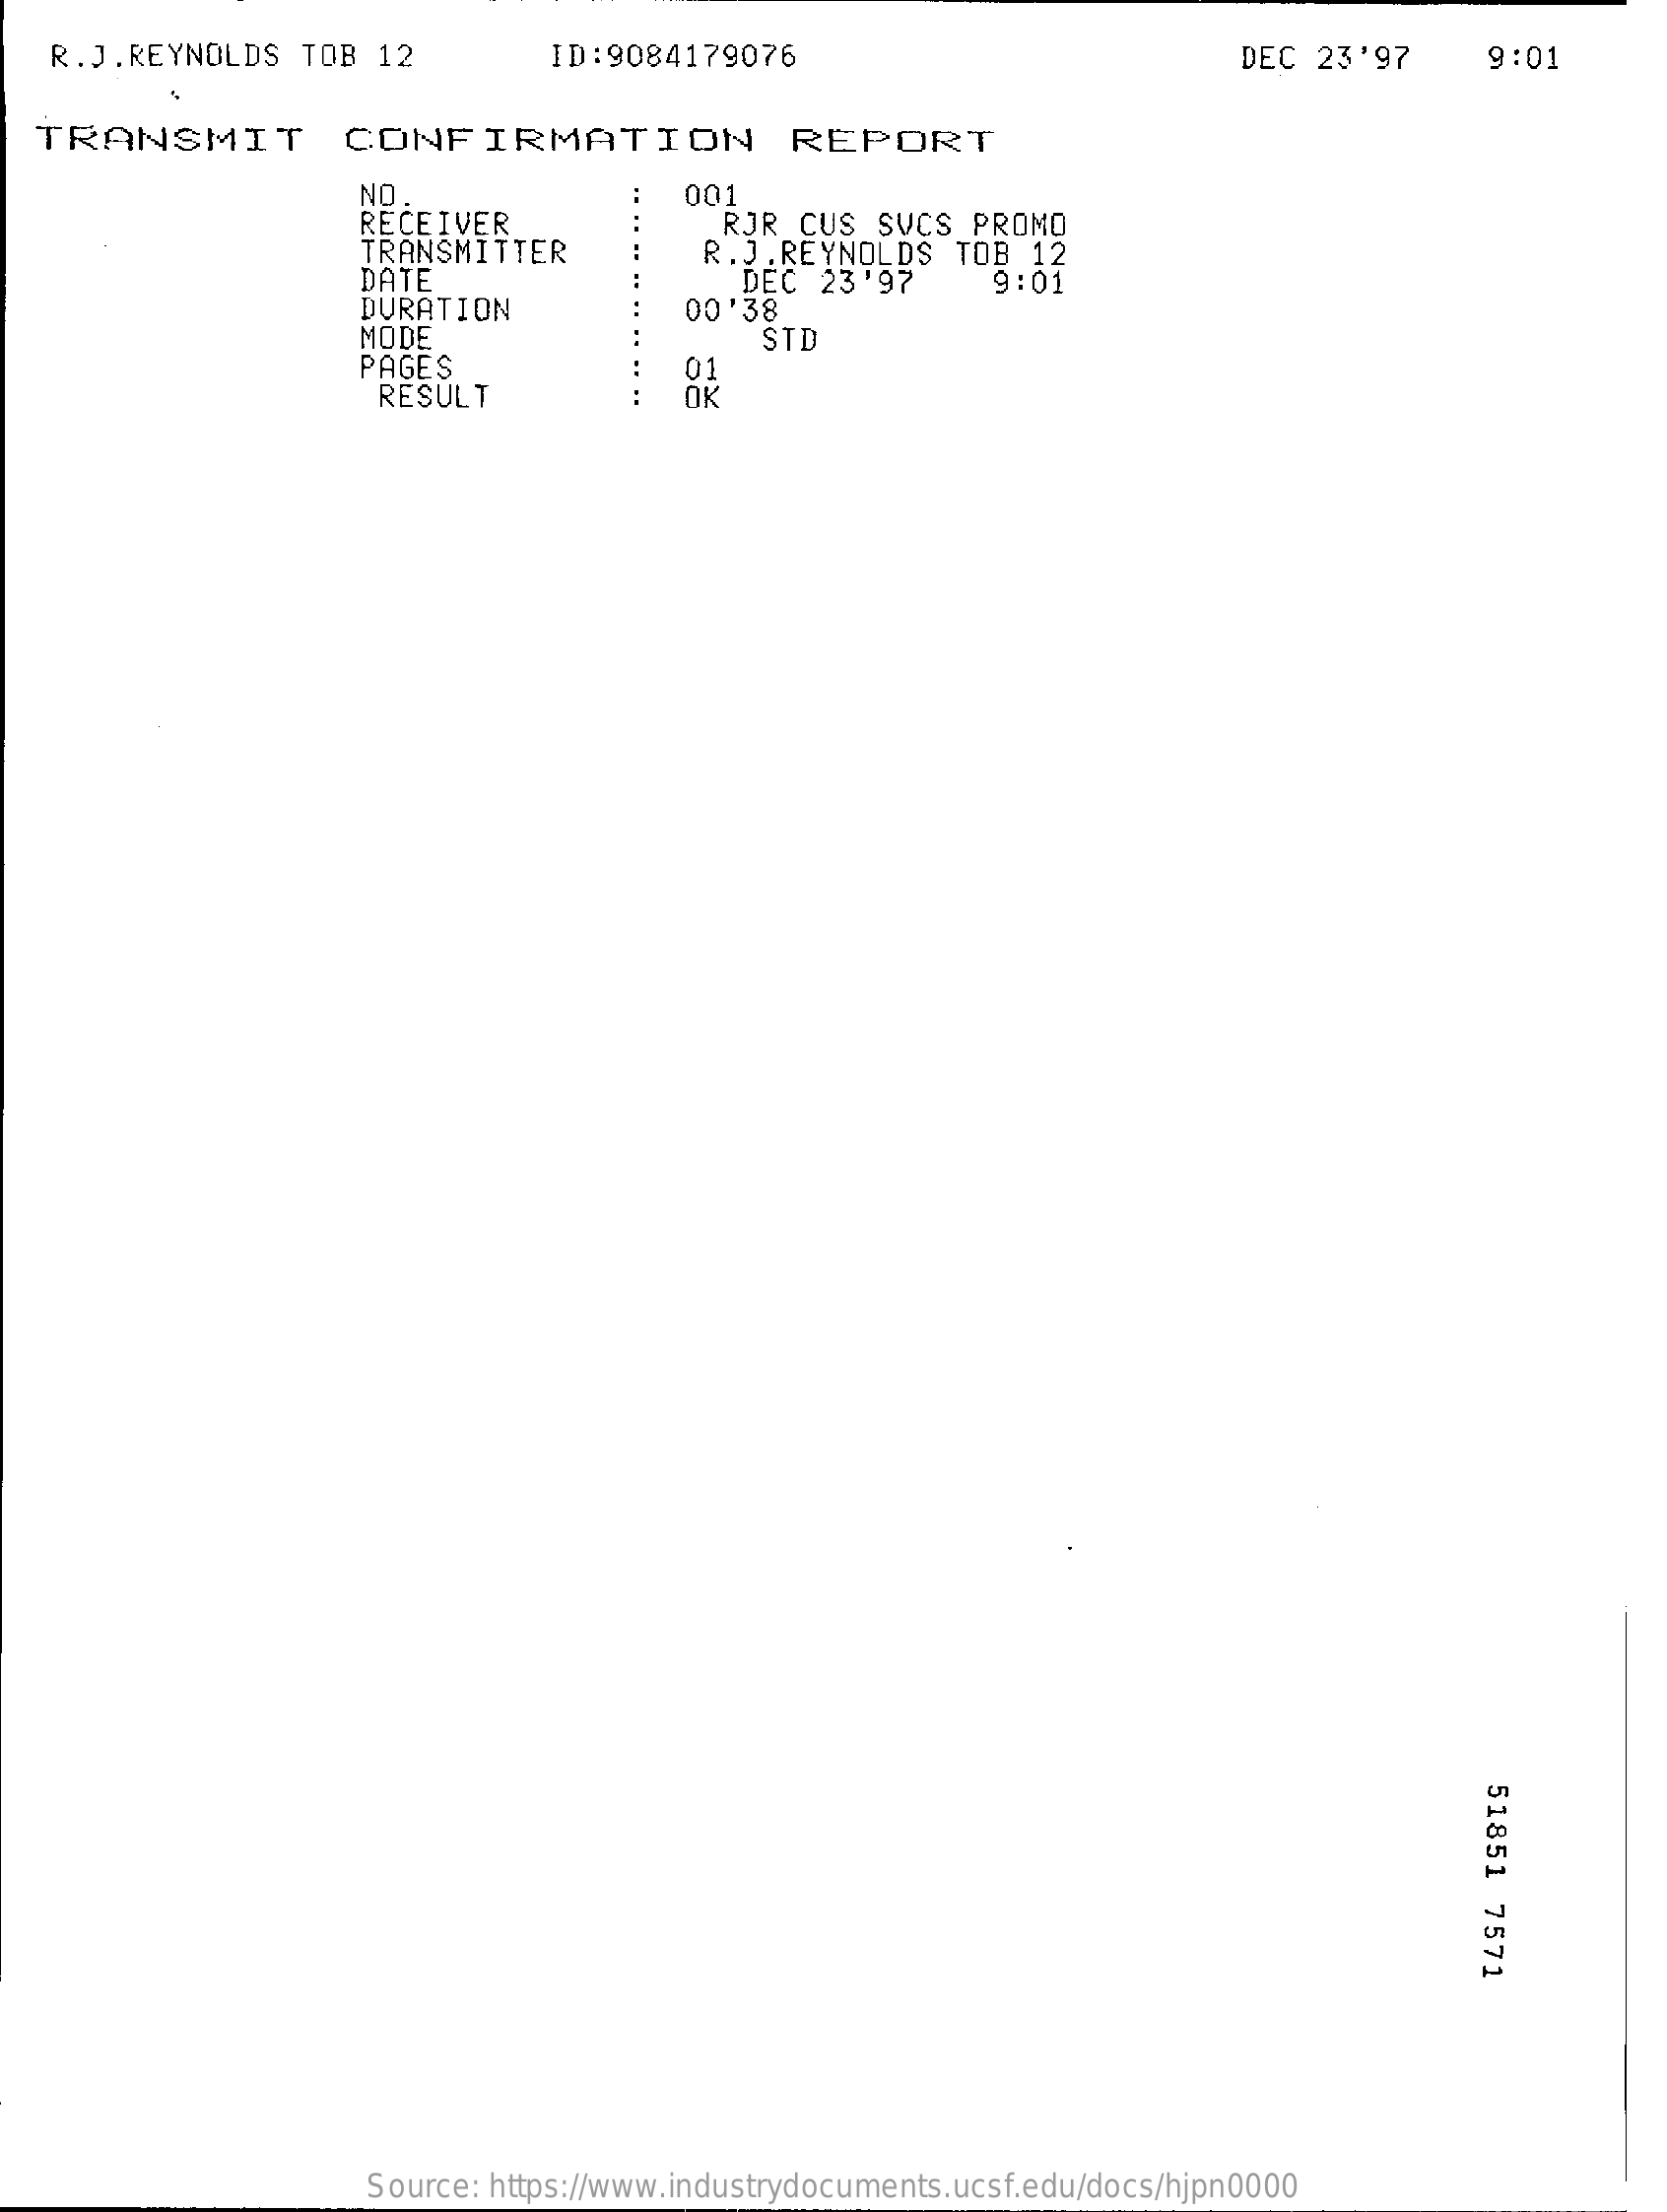
R.J.REYNOLDS   TOB  12    ID:9084179076    DEC  23'97    9:01
   TRANSMIT    CONFIRMATION    REPORT
     NO.    001
     RECEIVER
     TRANSMITTER
     RJR  CUS  SVCS  PROMO
     DATE
     R.J.REYNOLDS    TOB 12
     DURATION
     DEC  23'97    9:01
     00'38
     MODE
     PAGES
     STD
     RESULT
     01
     OK
     51851
     7571
     Source: https://www.industrydocuments.ucsf.edu/docs/hjpn0000